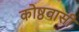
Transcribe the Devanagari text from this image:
कोष्ठवासी